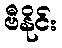
ဗီနိုင်း